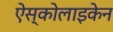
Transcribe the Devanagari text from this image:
ऐस्कोलाइकेन